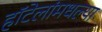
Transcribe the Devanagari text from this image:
हॉटेलांमधल्या